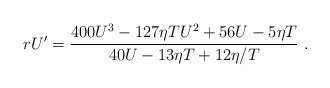
\begin{align*}rU^\prime={400 U^3-127\eta T U^2+56 U-5\eta T\over 40U-13\eta T+{12\eta/ T}}~.\end{align*}